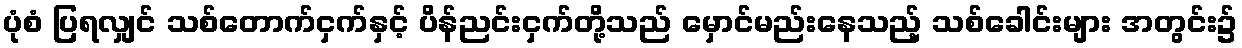
ပုံစံ ပြရလျှင် သစ်တောက်ငှက်နှင့် ပိန်ညင်းငှက်တို့သည် မှောင်မည်းနေသည့် သစ်ခေါင်းများ အတွင်း၌